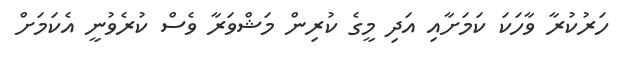
ހަރުކުރާ ވާހަކަ ކަމަށާއި އަދި މީގެ ކުރިން މަޝްވަރާ ވެސް ކުރެވުނީ އެކަމަށް